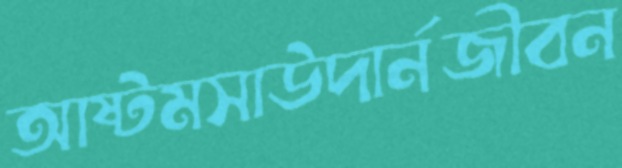
আষ্টমসাউদার্নজীবন